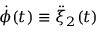
\dot { \phi } ( t ) \equiv \ddot { \xi } _ { 2 } ( t )